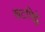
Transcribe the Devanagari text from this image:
खटमिट्ठे